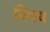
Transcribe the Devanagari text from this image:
स्थिय